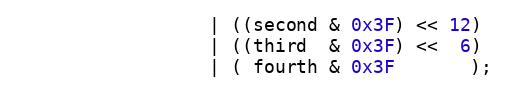
Language: C++
                  | ((second & 0x3F) << 12)
                  | ((third  & 0x3F) <<  6)
                  | ( fourth & 0x3F       );